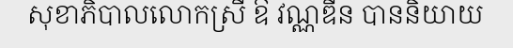
សុខាភិបាលលោកស្រី ឱ វណ្ណឌីន បាននិយាយ